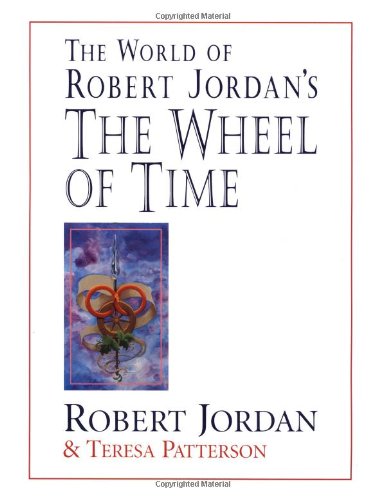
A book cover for The World of Robert Jordan's The Wheel of Time; Robert Jordan; Science Fiction & Fantasy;